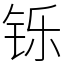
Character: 铄